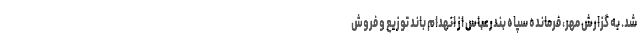
شد. به گزارش مهر، فرمانده سپاه بندرعباس از انهدام باند توزیع و فروش